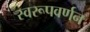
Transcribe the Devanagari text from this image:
स्वरूपवर्णन